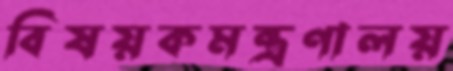
বিষয়কমন্ত্রণালয়